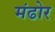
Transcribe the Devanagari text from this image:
मंढोर